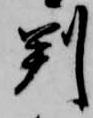
判